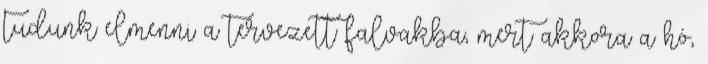
tudunk elmenni a tervezett falvakba, mert akkora a hó,